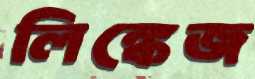
লিঙ্কেজ